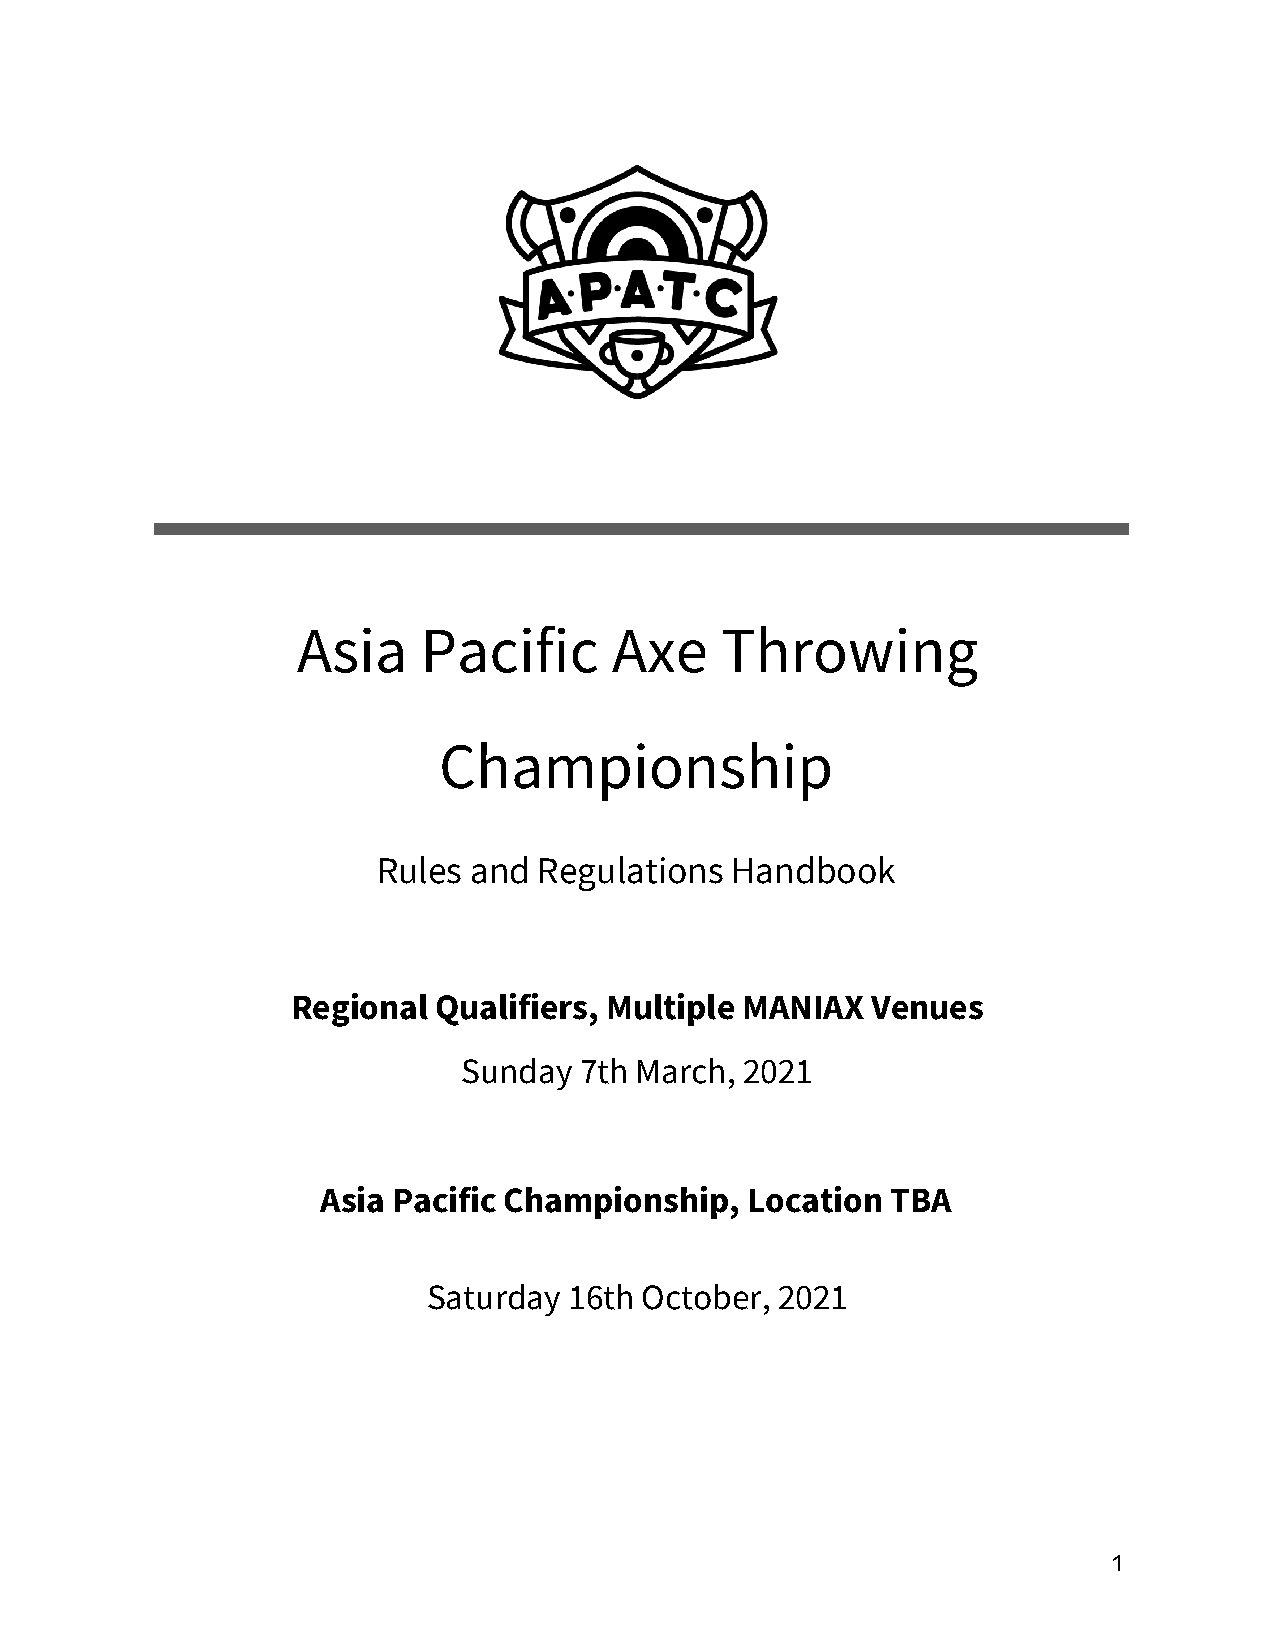
Asia    Pacific      Axe    Throwing
 Championship
 Rules and  Regulations Handbook
 Regional  Qualifiers, Multiple MANIAX  Venues
 Sunday 7th March, 2021
 Asia Pacific Championship,  Location  TBA
 Saturday  16th October, 2021
 1